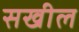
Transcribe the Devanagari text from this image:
सखील